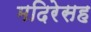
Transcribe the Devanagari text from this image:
मदिरेसह